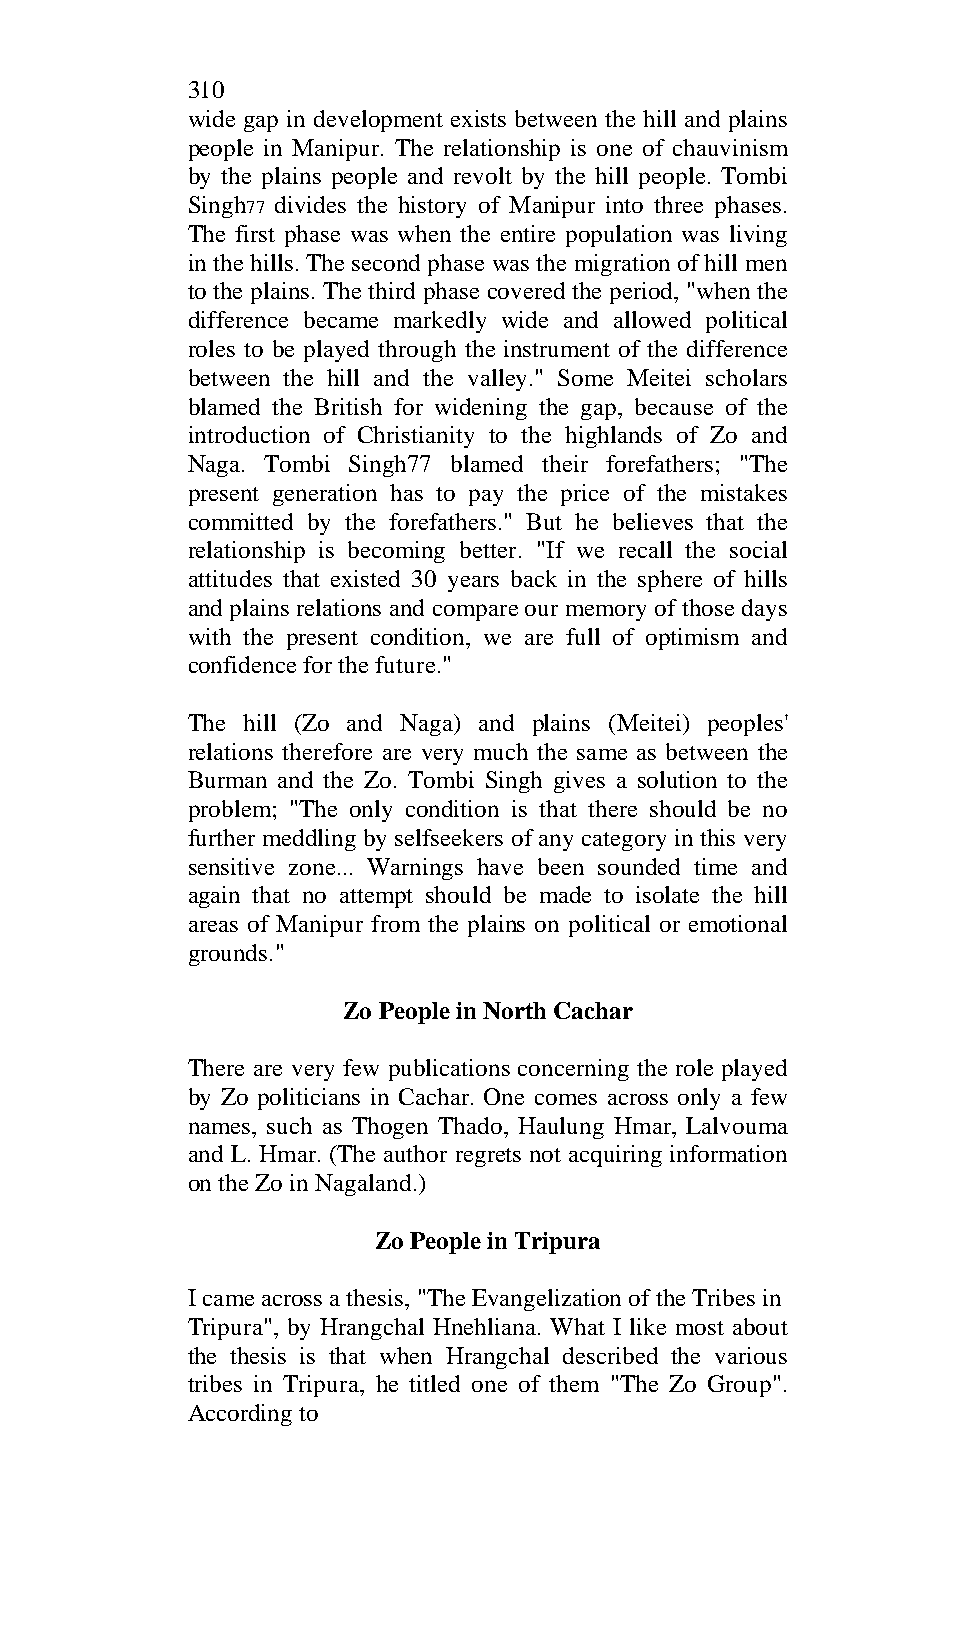
310
 wide gap in development exists between the hill and plains
 people in Manipur. The relationship is one of chauvinism
 by the plains people and revolt by the hill people. Tombi
 Singh77 divides the history of Manipur into three phases.
 The first phase was when the entire population was living
 in the hills. The second phase was the migration of hill men
 to the plains. The third phase covered the period, "when the
 difference became markedly wide and allowed political
 roles to be played through the instrument of the difference
 between the hill and the valley." Some Meitei scholars
 blamed the British for widening the gap, because of the
 introduction of Christianity to the highlands of Zo and
 Naga. Tombi Singh77 blamed their forefathers; "The
 present generation has to pay the price of the mistakes
 committed by the forefathers." But he believes that the
 relationship is becoming better. "If we recall the social
 attitudes that existed 30 years back in the sphere of hills
 and plains relations and compare our memory of those days
 with the present condition, we are full of optimism and
 confidence for the future."
 The hill (Zo and Naga) and plains (Meitei) peoples'
 relations therefore are very much the same as between the
 Burman and the Zo. Tombi Singh gives a solution to the
 problem; "The only condition is that there should be no
 further meddling by selfseekers of any category in this very
 sensitive zone... Warnings have been sounded time and
 again that no attempt should be made to isolate the hill
 areas of Manipur from the plains on political or emotional
 grounds."
 Zo People in North Cachar
 There are very few publications concerning the role played
 by Zo politicians in Cachar. One comes across only a few
 names, such as Thogen Thado, Haulung Hmar, Lalvouma
 and L. Hmar. (The author regrets not acquiring information
 on the Zo in Nagaland.)
 Zo People in Tripura
 I came across a thesis, "The Evangelization of the Tribes in
 Tripura", by Hrangchal Hnehliana. What I like most about
 the thesis is that when Hrangchal described the various
 tribes in Tripura, he titled one of them "The Zo Group".
 According to